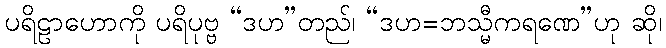
ပရိဠာဟောကို ပရိပုဗ္ဗ “ဒဟ”တည်၊ “ဒဟ=ဘသ္မီကရဏေ”ဟု ဆို၊